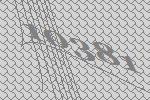
10381